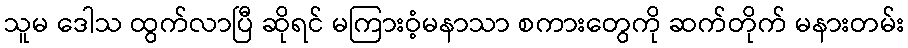
သူမ ဒေါသ ထွက်လာပြီ ဆိုရင် မကြားဝံ့မနာသာ စကားတွေကို ဆက်တိုက် မနားတမ်း